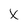
Character: X